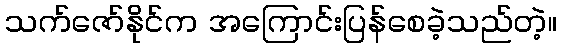
သက်ဇော်နိုင်က အကြောင်းပြန်စေခဲ့သည်တဲ့။